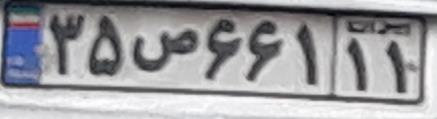
۳۵ص۶۶۱۱۱